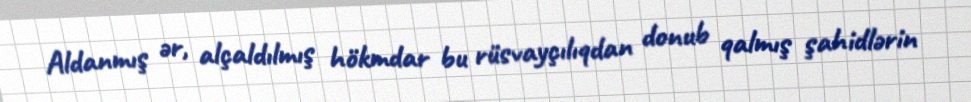
Aldanmış ər, alçaldılmış hökmdar bu rüsvayçılıqdan donub qalmış şahidlərin